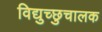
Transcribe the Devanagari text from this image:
विद्युच्छुचालक